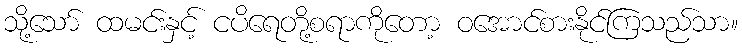
သို့သော် ထမင်းနှင့် ငပိရေတို့စရာကိုတော့ ဝအောင်စားနိုင်ကြသည်သာ။